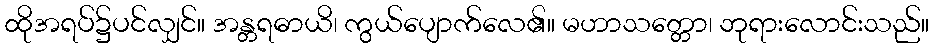
ထိုအရပ်၌ပင်လျှင်။ အန္တရဓာယိ၊ ကွယ်ပျောက်လေ၏။ မဟာသတ္တော၊ ဘုရားလောင်းသည်။